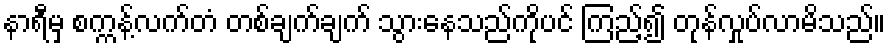
နာရီမှ စက္ကန့်လက်တံ တစ်ချက်ချက် သွားနေသည်ကိုပင် ကြည့်၍ တုန်လှုပ်လာမိသည်။